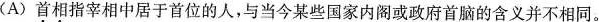
(A)首相指宰相中居于首位的人，与当今某些国家内阁或政府首脑的含义并不相同。